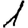
Digit: 1